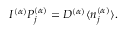
I ^ { ( \alpha ) } P _ { j } ^ { ( \alpha ) } = D ^ { ( \alpha ) } \langle n _ { j } ^ { ( \alpha ) } \rangle .